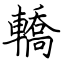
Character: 轎